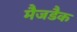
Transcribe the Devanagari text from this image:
मैजडैक